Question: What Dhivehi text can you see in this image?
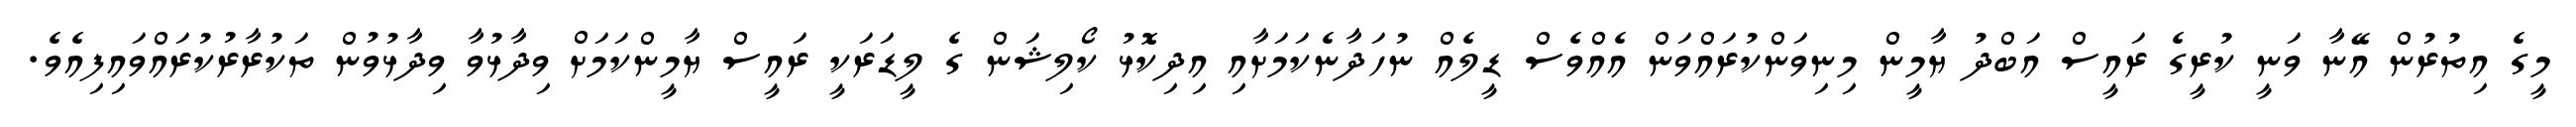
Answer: މީގެ އިތުރުން އޭނާ ވަނީ ކުރީގެ ރައީސް އަބްދު ޔާމީން މިނިވަންކުރައްވަން އެއްވެސް ޑީލެއް ނުހަދާނެކަމަށާއި އިދިކޮޅު ކޯލިޝަން ގެ ލީޑަރަކީ ރައީސް ޔާމީންކަމަށް ވިދާޅުވާ ވިދާޅުވުން ތަކުރާރުކުރައްވައިފިއެވެ.